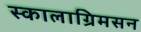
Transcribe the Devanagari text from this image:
स्कालाग्रिमसन